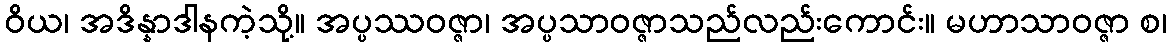
ဝိယ၊ အဒိန္နာဒါနကဲ့သို့။ အပ္ပဿဝဇ္ဇာ၊ အပ္ပသာဝဇ္ဇာသည်လည်းကောင်း။ မဟာသာဝဇ္ဇာ စ၊